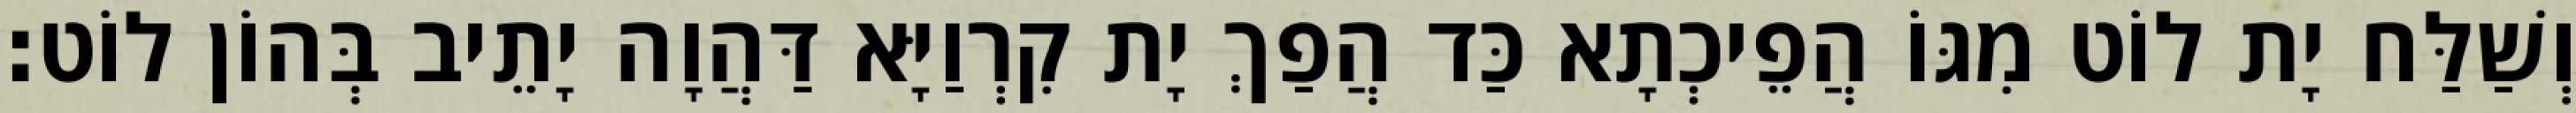
וְשַׁלַּח יָת לוֹט מִגּוֹ הֲפֵיכְתָא כַּד הֲפַךְ יָת קִרְוַיָּא דַּהֲוָה יָתֵיב בְּהוֹן לוֹט׃